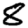
Digit: 8